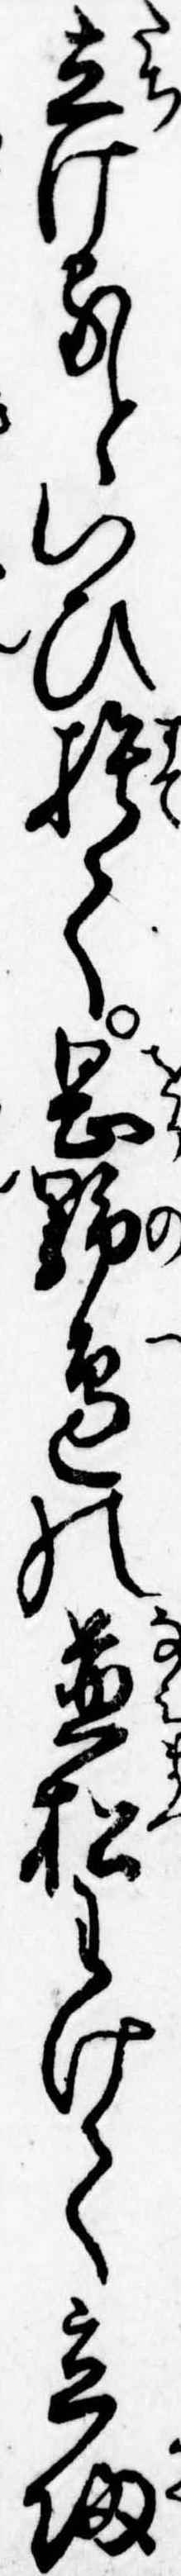
立けるといひ捨て岡野辺の並松わけて立帰